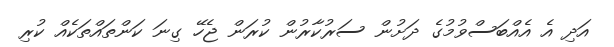
އަދި އެ އެއްބަސްވުމުގެ ދަށުން ސަރުކާރުން ކުރަން ޖެހޭ ގިނަ ކަންތައްތަކެއް ކުރި